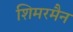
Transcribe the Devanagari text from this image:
शिमरमैन